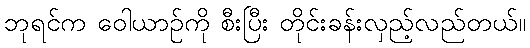
ဘုရင်က ဝေါယာဉ်ကို စီးပြီး တိုင်းခန်းလှည့်လည်တယ်။